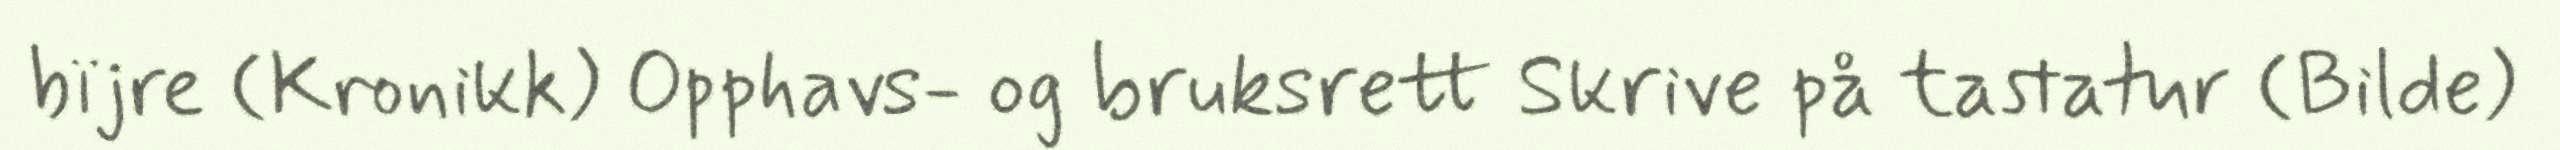
bïjre (Kronikk) Opphavs- og bruksrett Skrive på tastatur (Bilde)